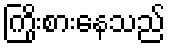
ကြိုးစားနေသည်